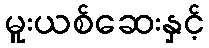
မူးယစ်ဆေးနှင့်